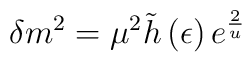
\delta m^{2}=\mu ^{2}\tilde{h}\left( \epsilon \right) e^{\frac{2}{u}}